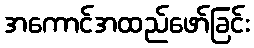
အကောင်အထည်ဖော်ခြင်း